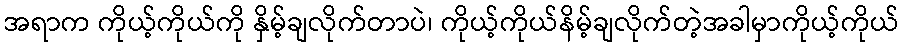
အရာက ကိုယ့်ကိုယ်ကို နှိမ့်ချလိုက်တာပဲ၊ ကိုယ့်ကိုယ်နိမ့်ချလိုက်တဲ့အခါမှာကိုယ့်ကိုယ်